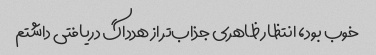
خوب بود، انتظار ظاهری جذاب‌تر از هدداگ دریافتی داشتم